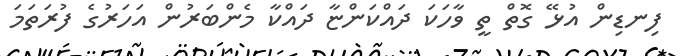
ފިނޑިން އުޅޭ ގޮތް ތީ ވާހަކަ ދައްކަންޏާ ދައްކާ މެންބަރުން އަހަރުގެ ފުރަތަމަ